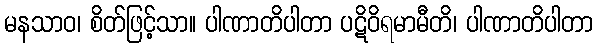
မနသာဝ၊ စိတ်ဖြင့်သာ။ ပါဏာတိပါတာ ပဋိဝိရမာမီတိ၊ ပါဏာတိပါတာ